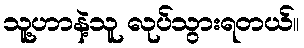
သူ့ဟာနဲ့သူ လုပ်သွားရတယ်။